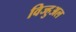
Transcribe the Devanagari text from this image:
विज्हुअल